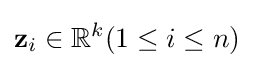
\mathbf {z} _{i}\in \mathbb {R} ^{k}(1\leq i\leq n)